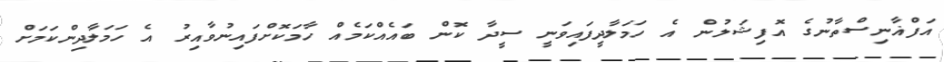
އަފްޣާނިސްތާނުގެ އޮފިޝަލުން އެ ހަމަލާދީފައިވަނީ ސީދާ ކޮން ބައެއްކަމެއް ހާމަކޮށްފައިނުވާއިރު އެ ހަމަލާދިންކަމަށް